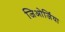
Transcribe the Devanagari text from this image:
जिओर्जिया